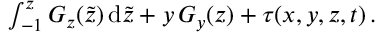
\begin{array} { r } { \int _ { - 1 } ^ { z } G _ { z } ( \tilde { z } ) \, \mathrm { d } \tilde { z } + y \, G _ { y } ( z ) + \tau ( x , y , z , t ) \, . } \end{array}